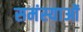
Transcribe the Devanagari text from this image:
समंस्याओं